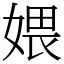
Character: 㛱